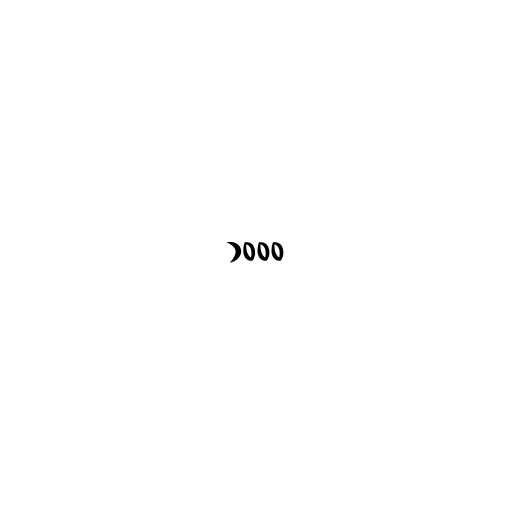
၁၀၀၀